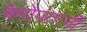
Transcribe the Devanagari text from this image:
केरोपंतांनी